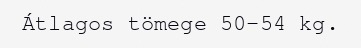
Átlagos tömege 50–54 kg.